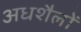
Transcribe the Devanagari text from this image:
अधशैलों